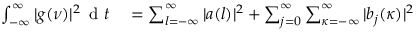
\begin{array} { r l } { \int _ { - \infty } ^ { \infty } | g ( \nu ) | ^ { 2 } \, \mathrm { ~ d ~ } t } & { { } = \sum _ { l = - \infty } ^ { \infty } | a ( l ) | ^ { 2 } + \sum _ { j = 0 } ^ { \infty } \sum _ { \kappa = - \infty } ^ { \infty } | b _ { j } ( \kappa ) | ^ { 2 } } \end{array}